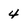
Character: 4